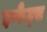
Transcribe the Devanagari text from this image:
इन्फैंट्स